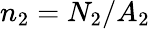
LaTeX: n_{2}=N_{2}/A_{2}